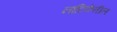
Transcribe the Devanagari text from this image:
नाटिकेतील